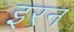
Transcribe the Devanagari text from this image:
इरन